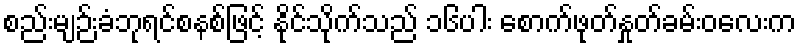
စည်းမျဉ်းခံဘုရင်စနစ်ဖြင့် နိုင်သိုက်သည် ၁၆ပါး စောက်ဖုတ်နှုတ်ခမ်းဝလေးက